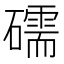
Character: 礝